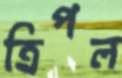
ত্রিপল